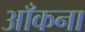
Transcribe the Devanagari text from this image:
आँकना